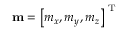
\mathbf { m } = \left[ m _ { x } , m _ { y } , m _ { z } \right] ^ { \mathrm { ~ T ~ } }